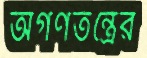
অগণতন্ত্রের